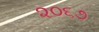
૨૦૬૭